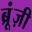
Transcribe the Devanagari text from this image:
ब्रूंज़ी